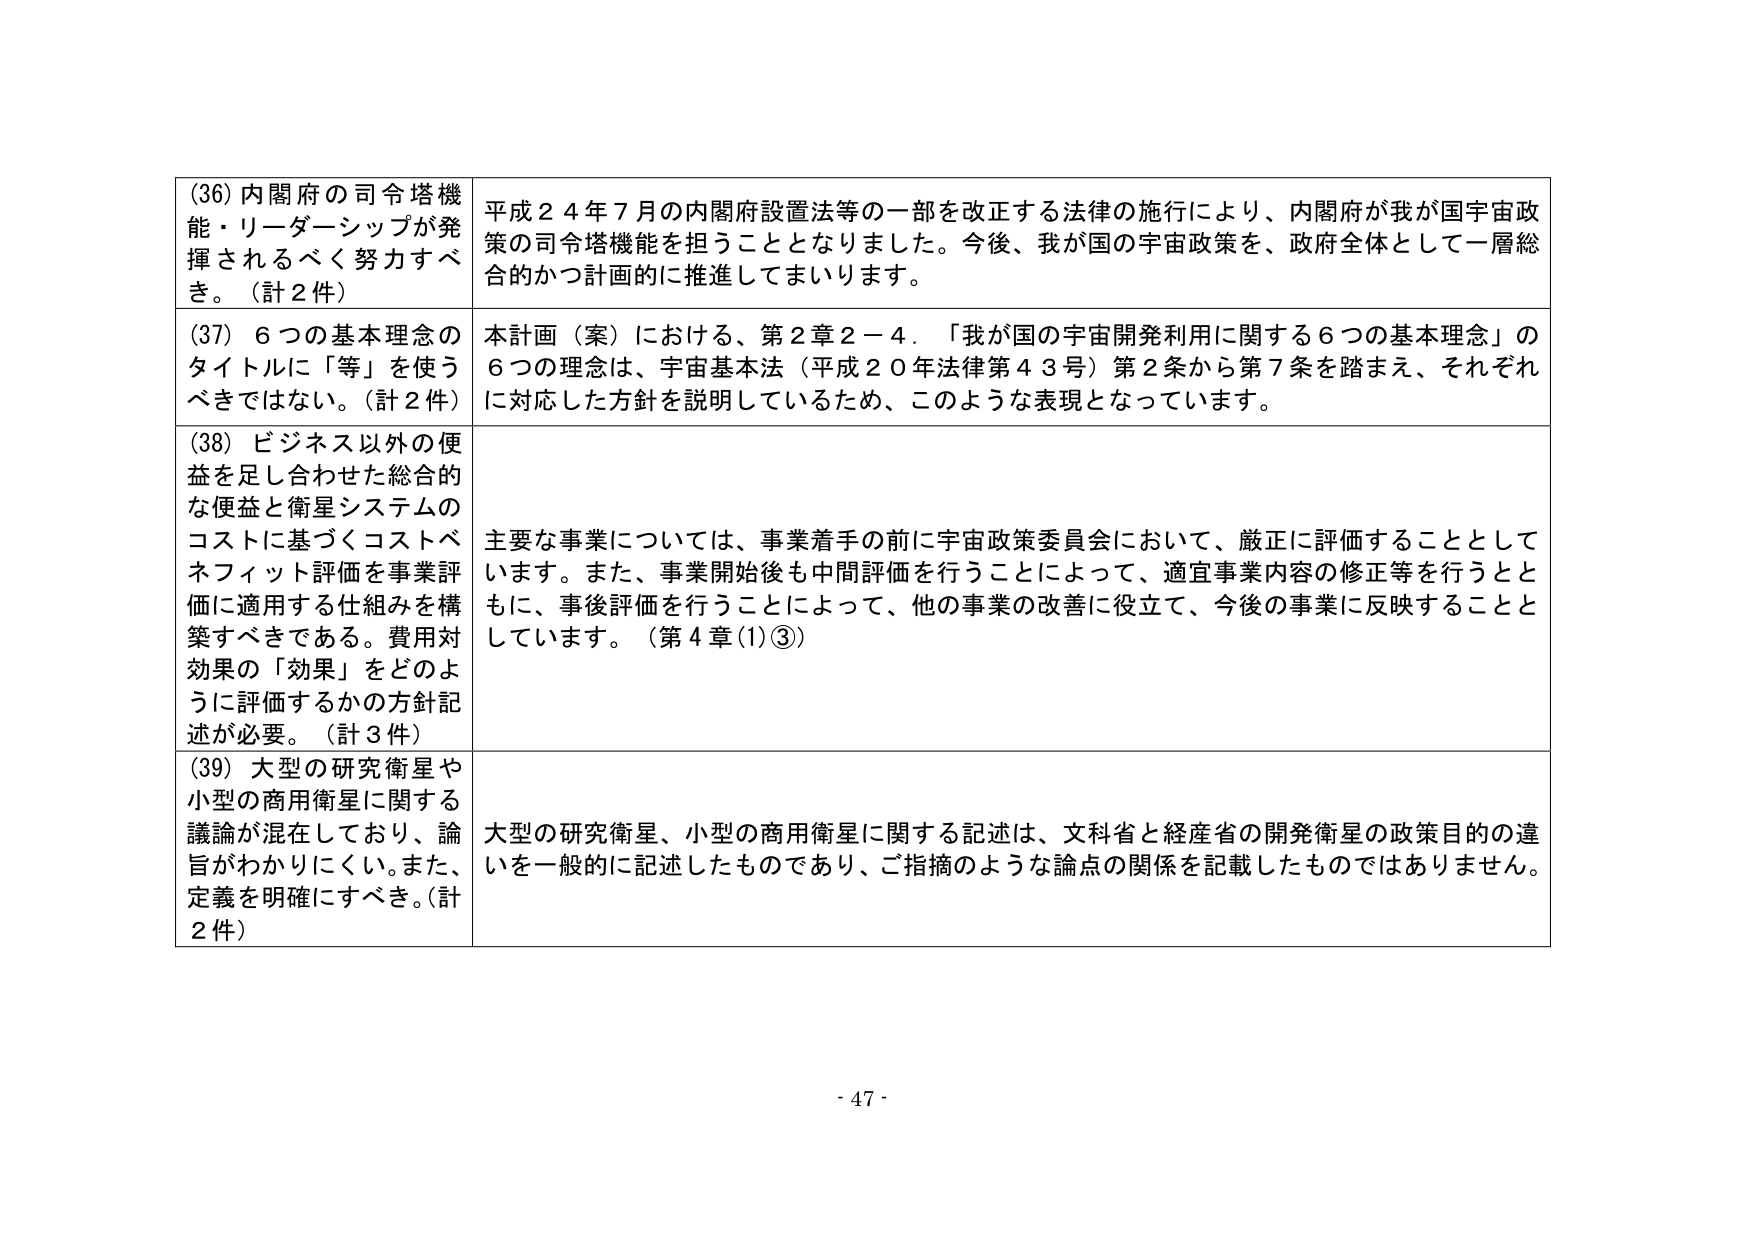
(36) 内閣府の司令塔機能・リーダーシップが発揮されるべく努力すべき。（計2件）
平成24年7月の内閣府設置法等の一部を改正する法律の施行により、内閣府が我が国宇宙政策の司令塔機能を担うこととなりました。今後、我が国の宇宙政策を、政府全体として一層総合的かつ計画的に推進してまいります。

(37) 6つの基本理念のタイトルに「等」を使うべきではない。（計2件）
本計画（案）における、第2章2－4．「我が国の宇宙開発利用に関する6つの基本理念」の6つの理念は、宇宙基本法（平成20年法律第43号）第2条から第7条を踏まえ、それぞれに対応した方針を説明しているため、このような表現となっています。

(38) ビジネス以外の便益を足し合わせた総合的な便益と衛星システムのコストに基づくコストベネフィット評価を事業評価に適用する仕組みを構築すべきである。費用対効果の「効果」をどのように評価するかの方針記述が必要。（計3件）
主要な事業については、事業着手の前に宇宙政策委員会において、厳正に評価することとしています。また、事業開始後も中間評価を行うことによって、適宜事業内容の修正等を行うとともに、事後評価を行うことによって、他の事業の改善に役立て、今後の事業に反映することとしています。（第4章(1)③）

(39) 大型の研究衛星や小型の商用衛星に関する議論が混在しており、論旨がわかりにくい。また、定義を明確にすべき。（計2件）
大型の研究衛星、小型の商用衛星に関する記述は、文科省と経産省の開発衛星の政策目的の違いを一般的に記述したものであり、ご指摘のような論点の関係を記載したものではありません。

- 47 -